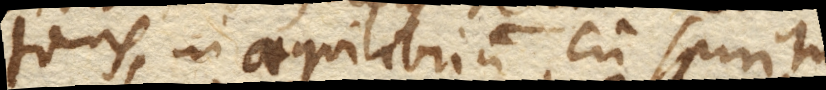
tans, in aequilibrium cum spiritu